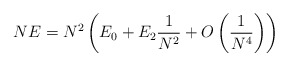
\begin{align*}NE = N^{2} \left( E_{0} + E_{2} \frac {1}{N^2} + O \left(\frac{1}{N^4} \right) \right)\end{align*}